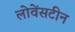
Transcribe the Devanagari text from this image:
लोवेंसटीन